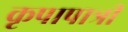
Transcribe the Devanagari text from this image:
कृपापात्री